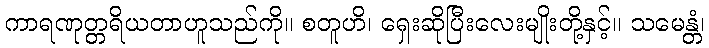
ကာရဏုတ္တရိယတာဟူသည်ကို။ စတူဟိ၊ ရှေးဆိုပြီးလေးမျိုးတို့နှင့်။ သမေန္တံ၊